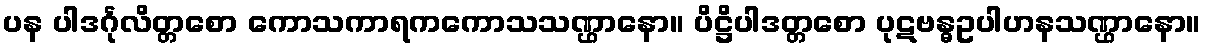
ပန ပါဒင်္ဂုလိတ္တစော ကောသကာရကကောသသဏ္ဌာနော။ ပိဋ္ဌိပါဒတ္တစော ပုဋဗန္ဓဥပါဟနသဏ္ဌာနော။